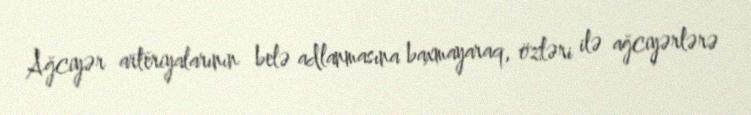
Ağciyər arteriyalarının belə adlanmasına baxmayaraq, özləri ilə ağciyərlərə